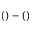
( ) - ( )